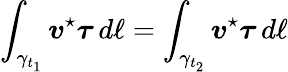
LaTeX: \int_{\gamma_{t_{1}}}\boldsymbol{v}^{\star}\boldsymbol{\tau}\, d\ell=\int_{\gamma_{t_{2}}}\boldsymbol{v}^{\star}\boldsymbol{\tau}\, d\ell